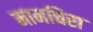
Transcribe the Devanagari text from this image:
मानचिरा